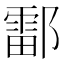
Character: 𫑪